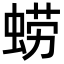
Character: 𮔚